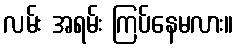
လမ်း အရမ်း ကြပ်နေမလား။